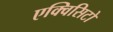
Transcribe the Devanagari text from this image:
एक्विसिटो